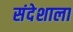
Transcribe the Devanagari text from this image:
संदेशाला